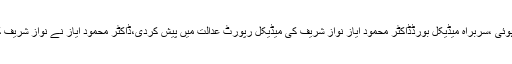
12بجے کے بعد عدالتی کارروائی دوبارہ شروع ہوئی ،سربراہ میڈیکل بورڈڈاکٹر محمود ایاز نواز شریف کی میڈیکل رپورٹ عدالت میں پیش کردی،ڈاکٹر محمود ایاز نے نواز شریف کی مکمل میڈیکل ہسٹری عدالت کو پڑھ کر سنائی۔